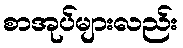
စာအုပ်များလည်း